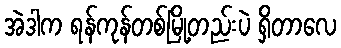
အဲဒါက ရန်ကုန်တစ်မြို့တည်းပဲ ရှိတာလေ